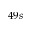
4 9 s